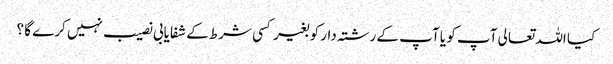
کیا اللہ تعالی آپ کو یا آپ کے رشتہ دار کو بغیر کسی شرط کے شفایابی نصیب نہیں کرے گا ؟